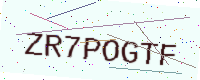
Text: ZR7POGTF